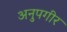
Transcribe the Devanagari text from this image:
अनुपगीर